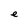
Character: e